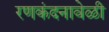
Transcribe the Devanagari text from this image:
रणकंदनावेळी